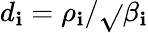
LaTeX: d_{\mathbf{i}}=\rho_{\mathbf{i}}/\sqrt{}{{\beta_{\mathbf{i}}}}